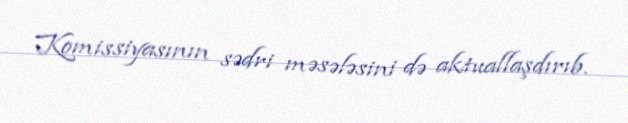
Komissiyasının sədri məsələsini də aktuallaşdırıb.